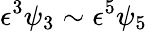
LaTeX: \epsilon^{3}\psi_{3}\sim\epsilon^{5}\psi_{5}